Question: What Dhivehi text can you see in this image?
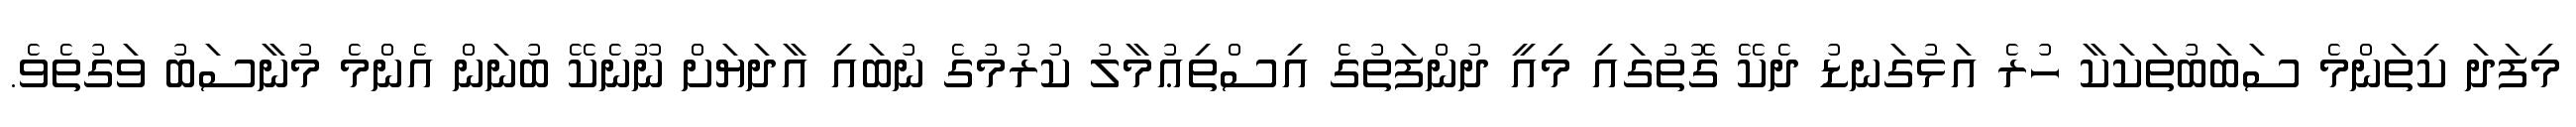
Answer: މިފަދަ ކިތަންމެ ސަބަބުތަކަކާ ހުރެ އަޅުގަނޑު ދެކޭ ގޮތުގައި މިއީ ދުންފަތުގެ އިސްތިޢުމާލު ކުރުމުގެ ނުބައި އާދަޔަށް ނޫނެކޭ ބުނަން އެންމެ މުނާސަބު ވަގުތެވެ.